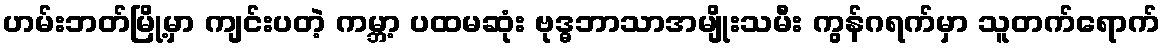
ဟမ်းဘတ်မြို့မှာ ကျင်းပတဲ့ ကမ္ဘာ့ ပထမဆုံး ဗုဒ္ဓဘာသာအမျိုးသမီး ကွန်ဂရက်မှာ သူတက်ရောက်